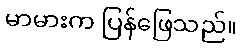
မာမားက ပြန်ဖြေသည်။